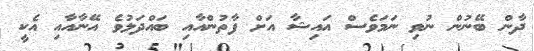
ދާން ބޭނުން ނުވި ނަމަވެސް އައިޝާ އަށް ފާތުންއާއި ބައްދަލުވެ އޭނާއާއި އެކީ